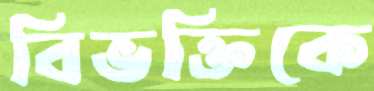
বিভক্তিকে